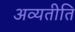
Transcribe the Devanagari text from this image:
अव्यतीति